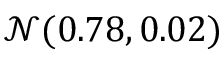
\mathcal { N } ( 0 . 7 8 , 0 . 0 2 )